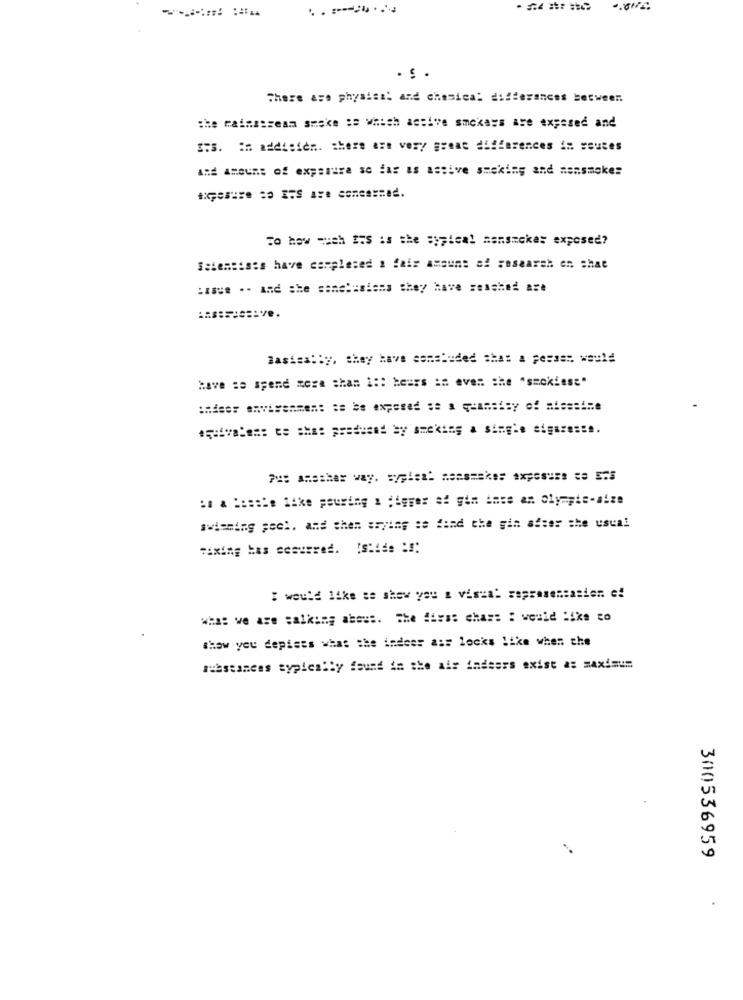
. ..
There are physics: and chesica: differences between.
the mainstream smoke se which active smokeys are exposed and
3:3. in addisien. there are very great differences in souces
And amount of experura so far as astive smoking and mensmokes
To how much IS is the sypical mansmokes exposed?
Scientists have completed a fair amount of research en chat
:asus .. and she conclusions they have zeashed ase
Basically, they have concluded shas & pesses. would
Have to spend more than i :: beurs in even the "smokiess"
swimming pool, and then arying se find the gin after the usual
: would like se shew you a visual representation e!
what we are talking about. The first chas: : would like to
show you depiets what the indoor ass locks like when the
Fibstances typically found in the air indsers exist a: maximum
300536959